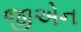
જીએન